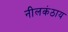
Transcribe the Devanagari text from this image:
नीलकंठाय